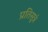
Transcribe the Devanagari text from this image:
प्रतिसूत्रं